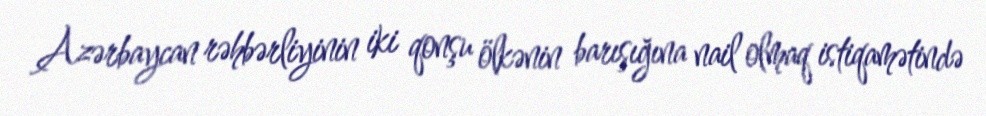
Azərbaycan rəhbərliyinin iki qonşu ölkənin barışığına nail olmaq istiqamətində